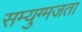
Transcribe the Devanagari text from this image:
सम्युग्मजता